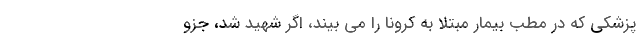
پزشکی که در مطب بیمار مبتلا به کرونا را می بیند، اگر شهید شد، جزو